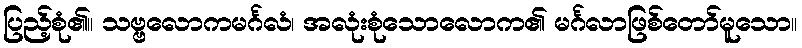
ပြည့်စုံ၏။ သဗ္ဗလောကမင်္ဂလံ၊ အလုံးစုံသောလောက၏ မင်္ဂလာဖြစ်တော်မူသော။